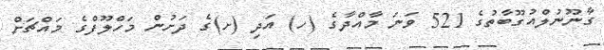
ގާނޫނުލްއުގޫބާތުގެ 521 ވަނަ މާއްދާގެ (ހ) އަދި (ށ)ގެ ދަށުން މަހްލޫފްގެ މައްޗަށް